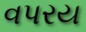
વપરય